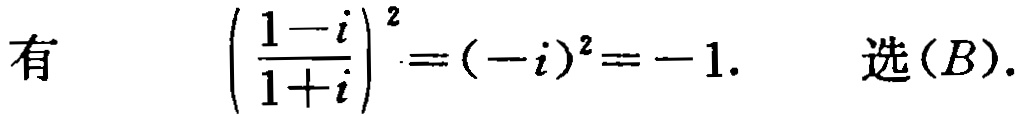
有 \(\left(\frac{1 - i}{1 + i}\right)^2 = (-i)^2 = -1.\) 选\((B)\).